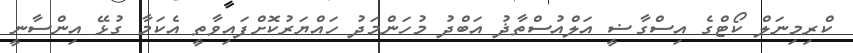
ކްރިމިނަލް ކޯޓްގެ އިސްގާޟީ އަލްއުސްތާޛު އަބްދު މުހަންމަދު ހައްޔަރުކޮށްފައިވާތީ އެކަމާ ގުޅޭ އިންސާނީ